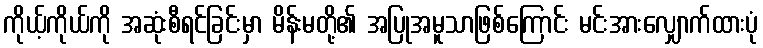
ကိုယ့်ကိုယ်ကို အဆုံးစီရင်ခြင်းမှာ မိန်းမတို့၏ အပြုအမူသာဖြစ်ကြောင်း မင်းအားလျှောက်ထားပုံ